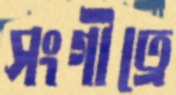
সংগীত্রে